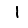
Digit: 1